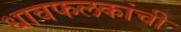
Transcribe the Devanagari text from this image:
धावफलकांची